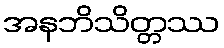
အနဘိသိတ္တဿ